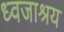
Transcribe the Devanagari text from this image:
ध्वजाश्रय